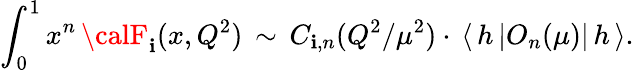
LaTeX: \int_{0}^{1}x^{n}\, {\calF}_{\mathbf{i}}(x,Q^{2})\, \sim\, C_{\mathbf{i},n}(Q^{2}/\mu^{2})\cdot\, \langle\, h\, |O_{n}(\mu)|\, h\, \rangle.